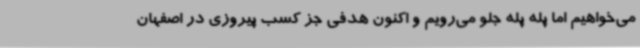
می‌خواهیم اما پله پله جلو می‌رویم و اکنون هدفی جز کسب پیروزی در اصفهان